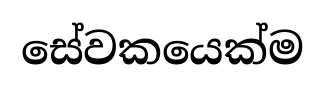
සේවකයෙක්ම